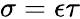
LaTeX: \sigma=\epsilon\tau